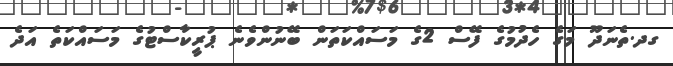
ގދ.ތެނަދޫ މަގެ ހެދުމުގެ ފޭސް 2ގެ މަސައްކަތަން ބޭނުންވެނެ ޕުރީކާސްޓުގެ މަސައްކަތެ އަދެ